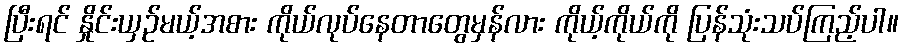
ပြီးရင် နှိုင်းယှဉ်မယ့်အစား ကိုယ်လုပ်နေတာတွေမှန်လား ကိုယ့်ကိုယ်ကို ပြန်သုံးသပ်ကြည့်ပါ။